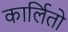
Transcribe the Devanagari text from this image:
कार्लितो